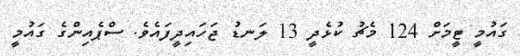
ގައުމީ ޓީމަށް 124 މެޗު ކުޅެދީ 13 ލަނޑު ޖަހައިދީފައެވެ. ސްޕެއިންގެ ގައުމީ